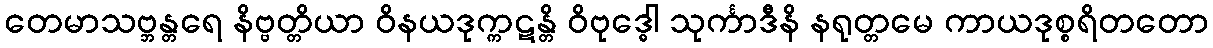
တေမာသဗ္ဘန္တရေ နိဗ္ဗတ္တိယာ ဝိနယဒုက္ကဋန္တိ ဝိဗုဒ္ဓေါ သုင်္ကာဒီနိ နရုတ္တမေ ကာယဒုစ္စရိတတော